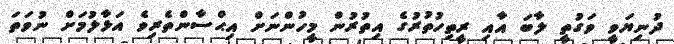
ދުނިޔަވީ ވަގުތީ ލާބަ އާއި ރީތިހުތުރުގެ އިތުރުން މީހުންނަށް އިޙްސާންތެރިވެ އަޅާލުމަށް ނުވަތަ